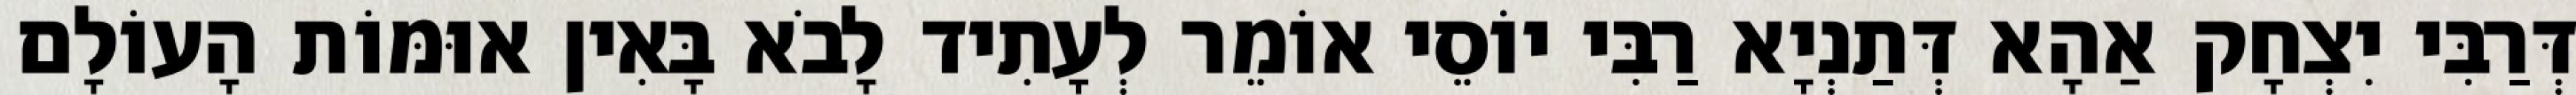
דְּרַבִּי יִצְחָק אַהָא דְּתַנְיָא רַבִּי יוֹסֵי אוֹמֵר לְעָתִיד לָבֹא בָּאִין אוּמּוֹת הָעוֹלָם